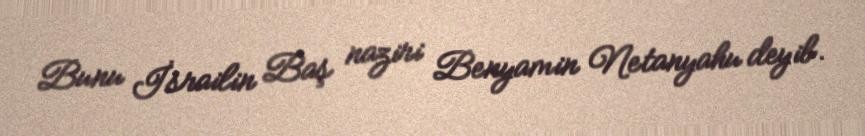
Bunu İsrailin Baş naziri Benyamin Netanyahu deyib.